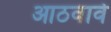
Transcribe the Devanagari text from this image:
आठवावे